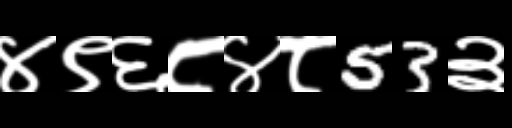
Text: ४९६८४८53३